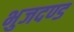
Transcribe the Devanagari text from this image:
भुजदण्ड